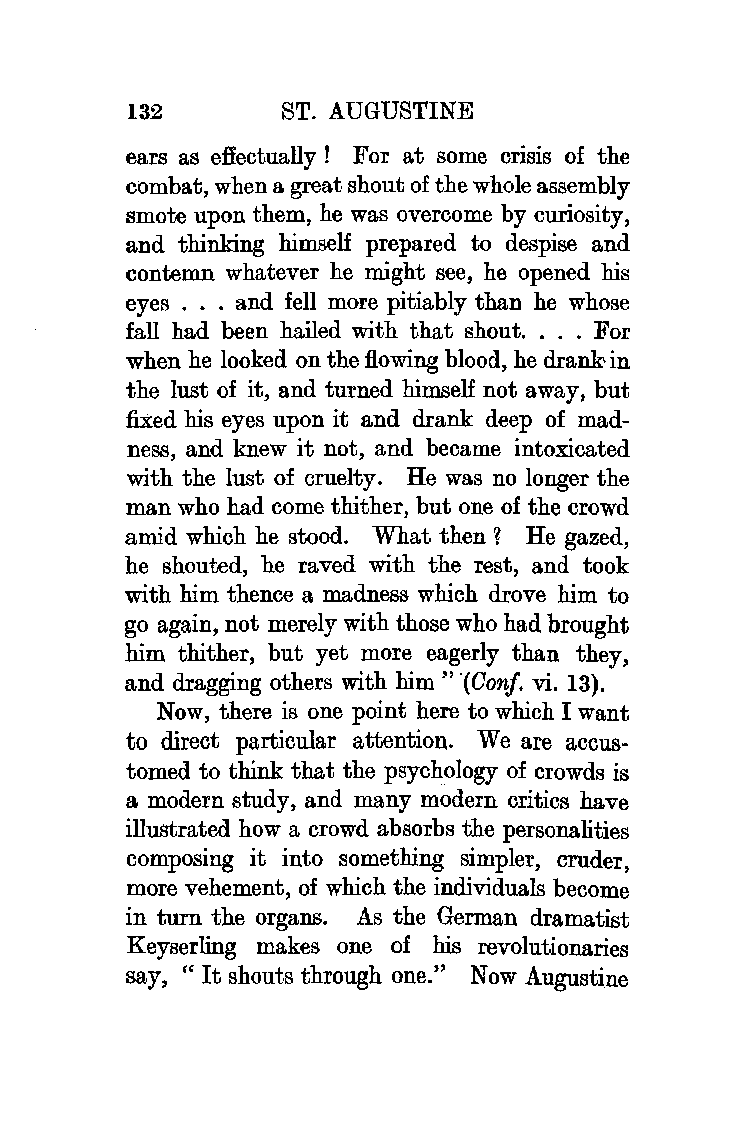
132       ST. AUGUSTINE
 ears as effectually ! For at some crisis of the
 combat, when a great shout of the whole assembly
 smote upon them, he was overcome by curiosity,
 and thinking himself prepared to despise and
 contemn whatever he might see, he opened his
 eyes . . . and fell more pitiably than he whose
 fall had been hailed with that shout. . . . For
 when he looked on the flowing blood, he drank in
 the lust of it, and turned himself not away, but
 fixed his eyes upon it and drank deep of mad
 ness, and knew it not, and became intoxicated
 with the lust of cruelty. He was no longer the
 man who had come thither, but one of the crowd
 amid which he stood. What then ? He gazed,
 he shouted, he raved with the rest, and took
 with him thence a madness which drove him to
 go again, not merely with those who had brought
 him thither, but yet more eagerly than they,
 and dragging others with him" ·(Con/. vi. 13).
 Now, there is one point here to which I want
 to direct particular attention. We are accus
 tomed to think that the psychology of crowds is
 a modern study, and many modern critics have
 illustrated how a crowd absorbs the personalities
 composing it into something simpler, cruder,
 more vehement, of which the individuals become
 in turn the organs. As the German dramatist
 Keyserling makes one of his revolutionaries
 say, "It shouts through one." Now Augustine